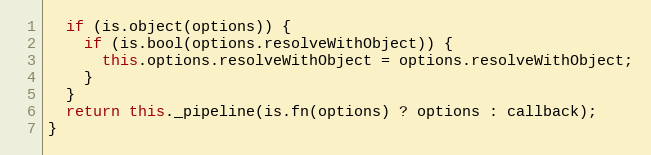
Language: JavaScript
  if (is.object(options)) {
    if (is.bool(options.resolveWithObject)) {
      this.options.resolveWithObject = options.resolveWithObject;
    }
  }
  return this._pipeline(is.fn(options) ? options : callback);
}